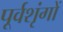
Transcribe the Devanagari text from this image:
पूर्वशृंगों